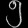
Digit: ၅